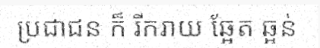
ប្រជាជន ក៏ រីករាយ ឆ្អែត ឆ្អន់